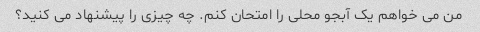
من می خواهم یک آبجو محلی را امتحان کنم. چه چیزی را پیشنهاد می کنید؟